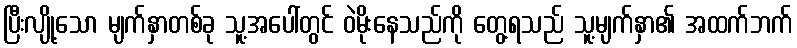
ပြီးလျို့သော မျက်နှာတစ်ခု သူ့အပေါ်တွင် ဝဲမိုးနေသည်ကို တွေ့ရသည် သူ့မျက်နှာ၏ အထက်ဘက်